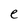
Character: e